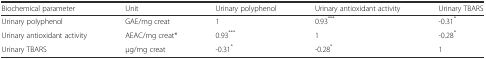
| Biochemical parameter | Unit | Urinary polyphenol | Urinary antioxidant activity | Urinary TBARS |
 | --- | --- | --- | --- | --- |
 | Urinary polyphenol | GAE/mg creat | 1 | 0.93*** | -0.31* |
 | Urinary antioxidant activity | AEAC/mg creat* | 0.93*** | 1 | -0.28* |
 | Urinary TBARS | μg/mg creat | -0.31* | -0.28* | 1 |